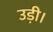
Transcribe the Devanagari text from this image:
उड़ी।